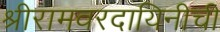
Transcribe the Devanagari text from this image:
श्रीरामवरदायिनीची